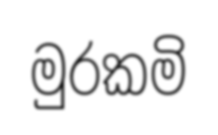
මුරකමි